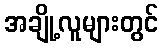
အချို့လူများတွင်